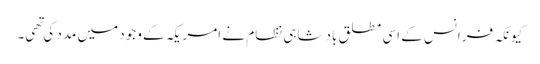
کیونکہ فرانس کے اسی مطلق بادشاہی نظام نے امریکہ کے وجود میں مدد کی تهی۔